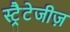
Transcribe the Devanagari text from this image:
स्ट्रैटेजीज़